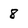
Character: 8